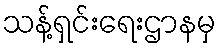
သန့်ရှင်းရေးဌာနမှ